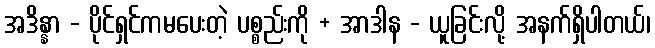
အဒိန္နာ - ပိုင်ရှင်ကမပေးတဲ့ ပစ္စည်းကို + အာဒါန - ယူခြင်းလို့ အနက်ရှိပါတယ်၊